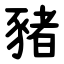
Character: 豬